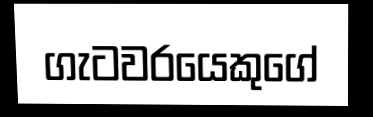
ගැටවරයෙකුගේ